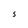
Character: s